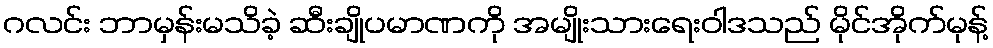
ဂလင်း ဘာမှန်းမသိခဲ့ ဆီးချိုပမာဏကို အမျိုးသားရေးဝါဒသည် မိုင်အိုက်မုန့်